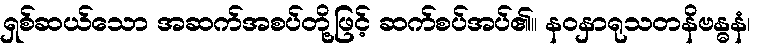
ရှစ်ဆယ်သော အဆက်အစပ်တို့ဖြင့် ဆက်စပ်အပ်၏။ နဝနှာရုသတနိဗန္ဓနံ၊